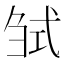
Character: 𢎍